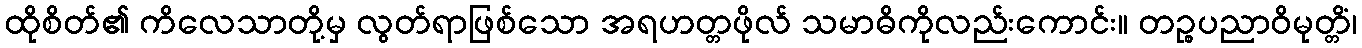
ထိုစိတ်၏ ကိလေသာတို့မှ လွတ်ရာဖြစ်သော အရဟတ္တဖိုလ် သမာဓိကိုလည်းကောင်း။ တဉ္စပညာဝိမုတ္တိံ၊